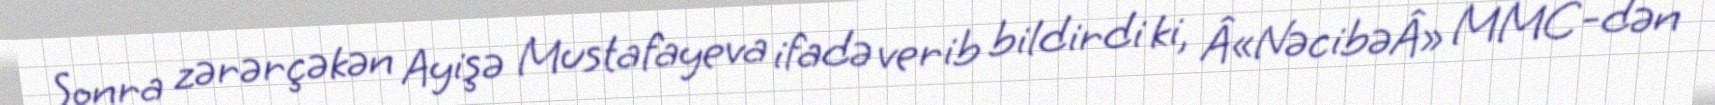
Sonra zərərçəkən Ayişə Mustafayeva ifadə verib bildirdi ki, Â«NəcibəÂ» MMC-dən